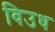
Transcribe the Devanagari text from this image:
विउध